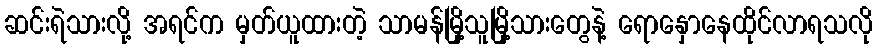
ဆင်းရဲသားလို့ အရင်က မှတ်ယူထားတဲ့ သာမန်မြို့သူမြို့သားတွေနဲ့ ရောနှောနေထိုင်လာရသလို